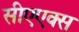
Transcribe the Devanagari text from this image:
सीएएक्स